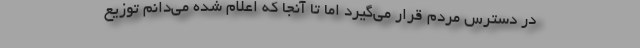
در دسترس مردم قرار می‌گیرد اما تا آنجا که اعلام شده می‌دانم توزیع